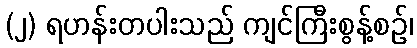
(၂) ရဟန်းတပါးသည် ကျင်ကြီးစွန့်စဉ်၊